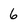
Character: 6